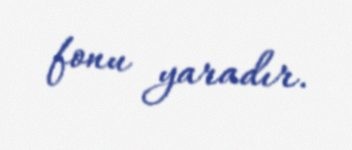
fonu yaradır.